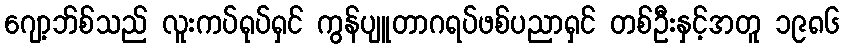
ဂျော့ဘ်စ်သည် လူးကပ်ရုပ်ရှင် ကွန်ပျူတာဂရပ်ဖစ်ပညာရှင် တစ်ဦးနှင့်အတူ ၁၉၈၆